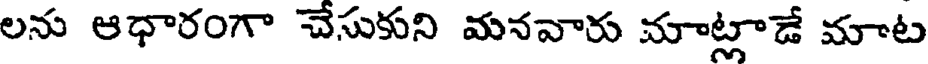
లను ఆధారంగా చేసుకుని మనవారు మాట్లాడే మాట